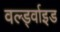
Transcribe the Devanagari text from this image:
वर्ल्ड्वाइड